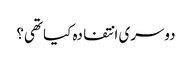
دوسری انتفادہ کیا تھی؟